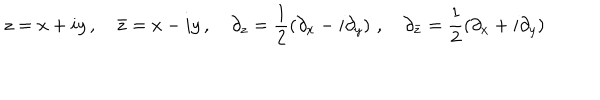
LaTeX: z = x + i y \, , \quad \bar { z } = x - i y \, , \quad \partial _ { z } = \frac { 1 } { 2 } \left( \partial _ { x } - i \partial _ { y } \right) \, , \quad \partial _ { \bar { z } } = \frac { 1 } { 2 } \left( \partial _ { x } + i \partial _ { y } \right) \,